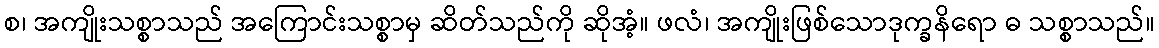
စ၊ အကျိုးသစ္စာသည် အကြောင်းသစ္စာမှ ဆိတ်သည်ကို ဆိုအံ့။ ဖလံ၊ အကျိုးဖြစ်သောဒုက္ခနိရော ဓ သစ္စာသည်။